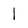
Character: l